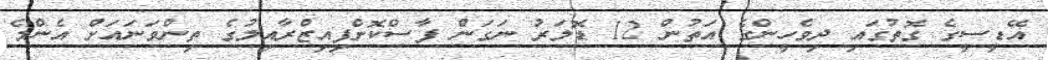
އޭޑީސީގެ ގޮތުގައި ދިވެހީންގެ އަތުން 12 ޑޮލަރު ނަގަން ފާސްކޮށްފިއިޒްރާއިލުގެ ތިންވަނައަށް އެންމެ